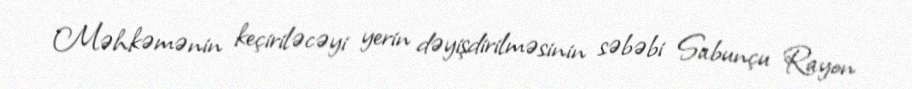
Məhkəmənin keçiriləcəyi yerin dəyişdirilməsinin səbəbi Sabunçu Rayon